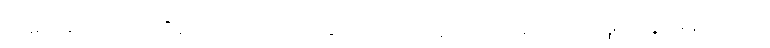
ဒါပေမယ့် ဘာကိုမှ သက်သေပြနိုင်တဲ့ သိပ္ပံနည်းကျလေ့လာမှုတွေ မရှိပါဘူး။